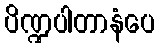
ပိဏ္ဍပါတာနံပေ